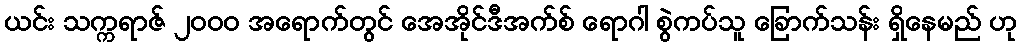
ယင်း သက္ကရာဇ် ၂၀၀၀ အရောက်တွင် အေအိုင်ဒီအက်စ် ရောဂါ စွဲကပ်သူ ခြောက်သန်း ရှိနေမည် ဟု